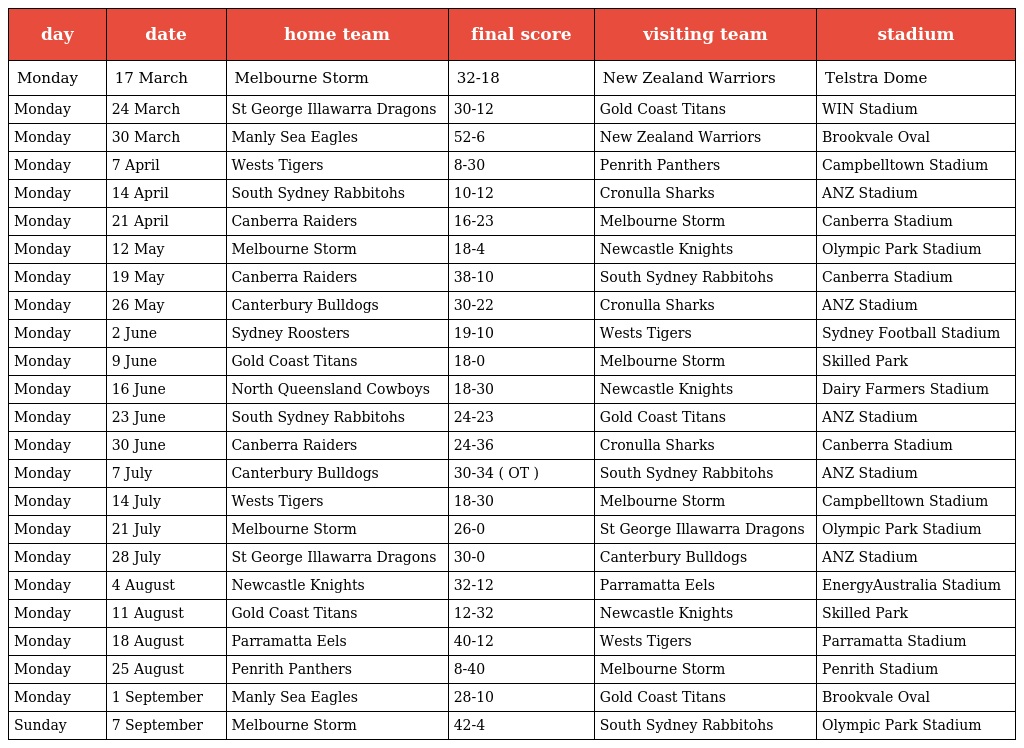
| day | date | home team | final score | visiting team | stadium |
 | --- | --- | --- | --- | --- | --- |
 | Monday | 17 March | Melbourne Storm | 32-18 | New Zealand Warriors | Telstra Dome |
 | Monday | 24 March | St George Illawarra Dragons | 30-12 | Gold Coast Titans | WIN Stadium |
 | Monday | 30 March | Manly Sea Eagles | 52-6 | New Zealand Warriors | Brookvale Oval |
 | Monday | 7 April | Wests Tigers | 8-30 | Penrith Panthers | Campbelltown Stadium |
 | Monday | 14 April | South Sydney Rabbitohs | 10-12 | Cronulla Sharks | ANZ Stadium |
 | Monday | 21 April | Canberra Raiders | 16-23 | Melbourne Storm | Canberra Stadium |
 | Monday | 12 May | Melbourne Storm | 18-4 | Newcastle Knights | Olympic Park Stadium |
 | Monday | 19 May | Canberra Raiders | 38-10 | South Sydney Rabbitohs | Canberra Stadium |
 | Monday | 26 May | Canterbury Bulldogs | 30-22 | Cronulla Sharks | ANZ Stadium |
 | Monday | 2 June | Sydney Roosters | 19-10 | Wests Tigers | Sydney Football Stadium |
 | Monday | 9 June | Gold Coast Titans | 18-0 | Melbourne Storm | Skilled Park |
 | Monday | 16 June | North Queensland Cowboys | 18-30 | Newcastle Knights | Dairy Farmers Stadium |
 | Monday | 23 June | South Sydney Rabbitohs | 24-23 | Gold Coast Titans | ANZ Stadium |
 | Monday | 30 June | Canberra Raiders | 24-36 | Cronulla Sharks | Canberra Stadium |
 | Monday | 7 July | Canterbury Bulldogs | 30-34 ( OT ) | South Sydney Rabbitohs | ANZ Stadium |
 | Monday | 14 July | Wests Tigers | 18-30 | Melbourne Storm | Campbelltown Stadium |
 | Monday | 21 July | Melbourne Storm | 26-0 | St George Illawarra Dragons | Olympic Park Stadium |
 | Monday | 28 July | St George Illawarra Dragons | 30-0 | Canterbury Bulldogs | ANZ Stadium |
 | Monday | 4 August | Newcastle Knights | 32-12 | Parramatta Eels | EnergyAustralia Stadium |
 | Monday | 11 August | Gold Coast Titans | 12-32 | Newcastle Knights | Skilled Park |
 | Monday | 18 August | Parramatta Eels | 40-12 | Wests Tigers | Parramatta Stadium |
 | Monday | 25 August | Penrith Panthers | 8-40 | Melbourne Storm | Penrith Stadium |
 | Monday | 1 September | Manly Sea Eagles | 28-10 | Gold Coast Titans | Brookvale Oval |
 | Sunday | 7 September | Melbourne Storm | 42-4 | South Sydney Rabbitohs | Olympic Park Stadium |